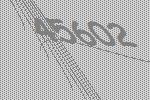
45602